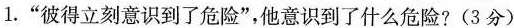
1.”彼得立刻意识到了危险”，他意识到了什么危险?(3分)